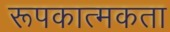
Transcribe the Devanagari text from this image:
रूपकात्मकता